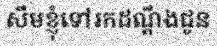
សឹមខ្ញុំទៅរកដណ្តឹងជូន